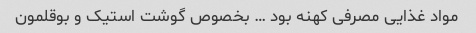
مواد غذایی مصرفی کهنه بود … بخصوص گوشت استیک و بوقلمون